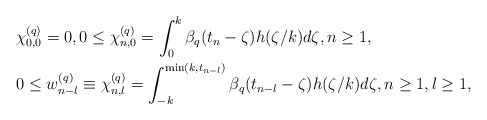
\begin{align*} & \chi_{0,0}^{(q)} = 0, 0\leq \chi_{n,0}^{(q)} = \int_{0}^{k} \beta_q(t_n-\zeta) h(\zeta/k) d\zeta, n\geq 1, \\ & 0\leq w_{n-l}^{(q)} \equiv \chi_{n,l}^{(q)} = \int_{-k}^{\min(k,t_{n-l})} \beta_q(t_{n-l}-\zeta) h(\zeta/k) d\zeta, n\geq 1, l\geq 1, \end{align*}